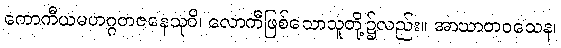
ကောကီယမဟဂ္ဂတဇနေသုပိ၊ လောကီဖြစ်သောသူတို့၌လည်း။ အာဃာတဝသေန၊